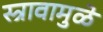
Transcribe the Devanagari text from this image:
स्त्रावामुळे